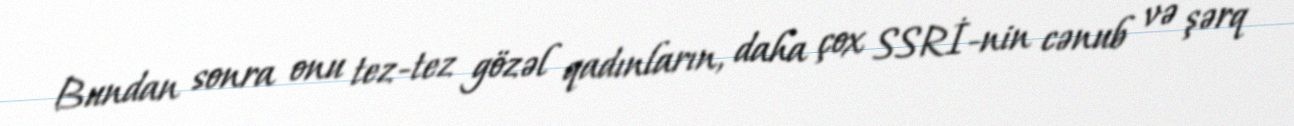
Bundan sonra onu tez-tez gözəl qadınların, daha çox SSRİ-nin cənub və şərq